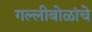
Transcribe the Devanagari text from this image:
गल्लीबोळांचे